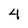
Character: 4